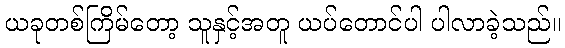
ယခုတစ်ကြိမ်တော့ သူနှင့်အတူ ယပ်တောင်ပါ ပါလာခဲ့သည်။